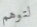
لتوهم